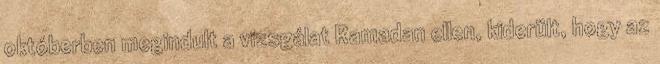
októberben megindult a vizsgálat Ramadan ellen, kiderült, hogy az